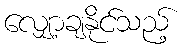
လျှော့ချနိုင်သည့်